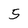
Character: 5